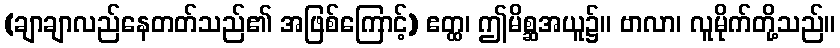
(ချာချာလည်နေတတ်သည်၏ အဖြစ်ကြောင့်) ဧတ္ထ၊ ဤမိစ္ဆအယူ၌။ ဗာလာ၊ လူမိုက်တို့သည်။